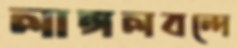
লাঙ্গলবন্দে